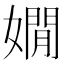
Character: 嫺